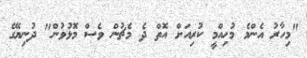
"މިހާރު އެންމެ މުހިއްމީ ކުރިއަށް އޮތް ދެ މެޗުން ވެސް މޮޅުވުން" ދުނިޔޭގެ